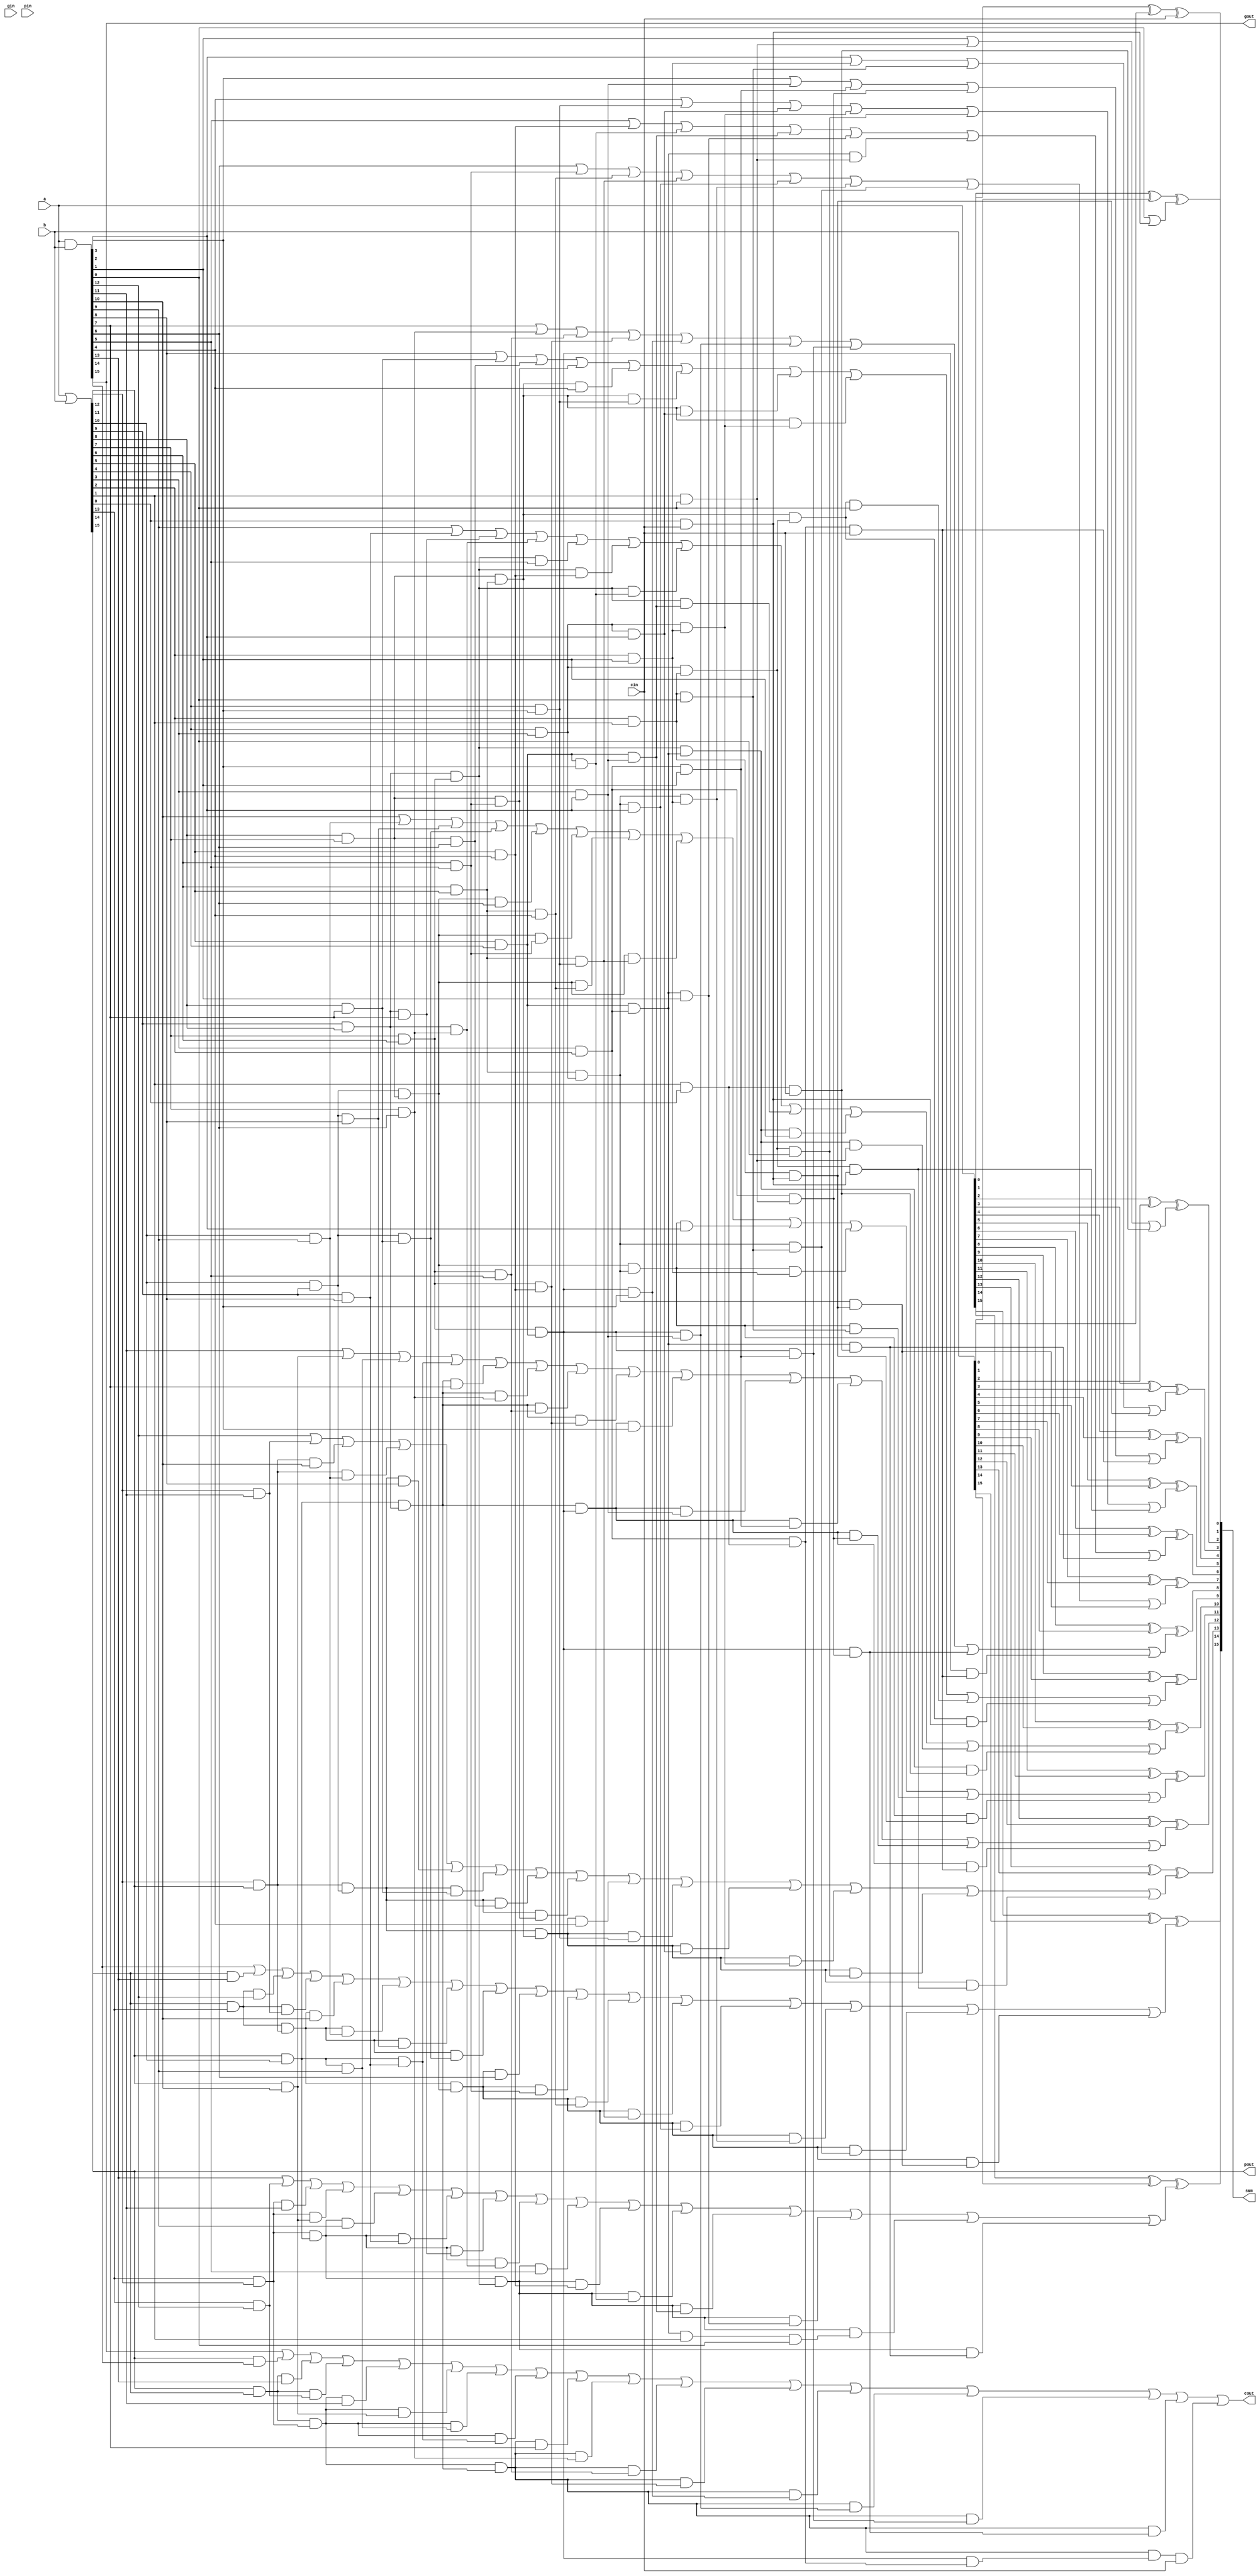
//16
module FastAdder_16 (a, b, cin, sum, cout, gin, pin, gout, pout);
    input [15:0] a, b;
    input cin, gin, pin;
    output [15:0] sum;
    output cout, gout, pout;
    wire [15:0] g, p;
    wire [14:0] ctemp;
    
    assign g = a & b;//
    assign p = a | b;//

    //
    assign ctemp[0] = g[0] | (p[0] & cin);
    assign ctemp[1] = g[1] | (p[1] & g[0])
        |((p[1] & p[0]) & cin);
    assign ctemp[2] = g[2] | (p[2] & g[1])
        | ((p[2] & p[1]) & g[0]) 
        | ((p[2] & p[1]) & (p[0] & cin));
    assign ctemp[3] = g[3] | (p[3] & g[2])
        | ((p[3] & p[2]) & g[1])
        | ((p[3] & p[2]) & (p[1] & g[0]))
        | (((p[3] & p[2]) & (p[1] & p[0])) & cin);
    assign ctemp[4] = g[4] | (p[4] & g[3])
        | ((p[4] & p[3]) & g[2])
        | ((p[4] & p[3]) & (p[2] & g[1]))
        | (((p[4] & p[3]) & (p[2] & p[1])) & g[0])
        | (((p[4] & p[3]) & (p[2] & p[1])) & (p[0] & cin));
    assign ctemp[5] = g[5] | (p[5] & g[4])
        | ((p[5] & p[4]) & g[3])
        | ((p[5] & p[4]) & (p[3] & g[2]))
        | (((p[5] & p[4]) & (p[3] & p[2])) & g[1])
        | (((p[5] & p[4]) & (p[3] & p[2])) & (p[1] & g[0]))
        | (((p[5] & p[4]) & (p[3] & p[2])) & ((p[1] & p[0]) & cin));
    assign ctemp[6] = g[6] | (p[6] & g[5])
        | ((p[6] & p[5]) & g[4])
        | ((p[6] & p[5]) & (p[4] & g[3]))
        | (((p[6] & p[5]) & (p[4] & p[3])) & g[2])
        | (((p[6] & p[5]) & (p[4] & p[3])) & (p[2] & g[1]))
        | (((p[6] & p[5]) & (p[4] & p[3])) & ((p[2] & p[1]) & g[0]))
        | (((p[6] & p[5]) & (p[4] & p[3])) & ((p[2] & p[1]) & (p[0] & cin)));
    assign ctemp[7] = g[7] | (p[7] & g[6])
        | ((p[7] & p[6]) & g[5])
        | ((p[7] & p[6]) & (p[5] & g[4]))
        | (((p[7] & p[6]) & (p[5] & p[4])) & g[3])
        | (((p[7] & p[6]) & (p[5] & p[4])) & (p[3] & g[2]))
        | (((p[7] & p[6]) & (p[5] & p[4])) & ((p[3] & p[2]) & g[1]))
        | (((p[7] & p[6]) & (p[5] & p[4])) & ((p[3] & p[2]) & (p[1] & g[0])))
        | (((p[7] & p[6]) & (p[5] & p[4])) & (((p[3] & p[2]) & (p[1] & p[0])) & cin));
    assign ctemp[8] = g[8] | (p[8] & g[7])
        | ((p[8] & p[7]) & g[6])
        | ((p[8] & p[7]) & (p[6] & g[5]))
        | (((p[8] & p[7]) & (p[6] & p[5])) & g[4])
        | (((p[8] & p[7]) & (p[6] & p[5])) & (p[4] & g[3]))
        | (((p[8] & p[7]) & (p[6] & p[5])) & ((p[4] & p[3]) & g[2]))
        | (((p[8] & p[7]) & (p[6] & p[5])) & ((p[4] & p[3]) & (p[2] & g[1])))
        | ((((p[8] & p[7]) & (p[6] & p[5])) & ((p[4] & p[3]) & (p[2] & p[1]))) & g[0])
        | ((((p[8] & p[7]) & (p[6] & p[5])) & ((p[4] & p[3]) & (p[2] & p[1]))) & (p[0] & cin));
    assign ctemp[9] = g[9] | (p[9] & g[8])
        | ((p[9] & p[8]) & g[7])
        | ((p[9] & p[8]) & (p[7] & g[6]))
        | (((p[9] & p[8]) & (p[7] & p[6])) & g[5])
        | (((p[9] & p[8]) & (p[7] & p[6])) & (p[5] & g[4]))
        | (((p[9] & p[8]) & (p[7] & p[6])) & ((p[5] & p[4]) & g[3]))
        | (((p[9] & p[8]) & (p[7] & p[6])) & ((p[5] & p[4]) &( p[3] & g[2])))
        | ((((p[9] & p[8]) & (p[7] & p[6])) & ((p[5] & p[4]) & (p[3] & p[2]))) & g[1])
        | ((((p[9] & p[8]) & (p[7] & p[6])) & ((p[5] & p[4]) & (p[3] & p[2]))) & (p[1] & g[0]))
        | ((((p[9] & p[8]) & (p[7] & p[6])) & ((p[5] & p[4]) & (p[3] & p[2]))) & ((p[1] & p[0]) & cin));
    assign ctemp[10] = g[10] | (p[10] & g[9])
        | ((p[10] & p[9]) & g[8])
        | ((p[10] & p[9]) & (p[8] & g[7]))
        | (((p[10] & p[9]) & (p[8] & p[7])) & g[6])
        | (((p[10] & p[9]) & (p[8] & p[7])) & (p[6] & g[5]))
        | (((p[10] & p[9]) & (p[8] & p[7])) & ((p[6] & p[5]) & g[4]))
        | (((p[10] & p[9]) & (p[8] & p[7])) & ((p[6] & p[5]) & (p[4] & g[3])))
        | ((((p[10] & p[9]) & (p[8] & p[7])) & ((p[6] & p[5]) & (p[4] & p[3]))) & g[2])
        | ((((p[10] & p[9]) & (p[8] & p[7])) & ((p[6] & p[5]) & (p[4] & p[3]))) & (p[2] & g[1]))
        | ((((p[10] & p[9]) & (p[8] & p[7])) & ((p[6] & p[5]) & (p[4] & p[3]))) & ((p[2] & p[1]) & g[0]))
        | ((((p[10] & p[9]) & (p[8] & p[7])) & ((p[6] & p[5]) & (p[4] & p[3]))) & (((p[2] & p[1]) & (p[0] & cin))));
    assign ctemp[11] = g[11] | (p[11] & g[10])
        | (p[11] & p[10] & g[9])
        | (p[11] & p[10] & (p[9] & g[8]))
        | (((p[11] & p[10]) &( p[9] & p[8])) & g[7])
        | (((p[11] & p[10]) &( p[9] & p[8])) & (p[7] & g[6]))
        | (((p[11] & p[10]) &( p[9] & p[8])) & ((p[7] & p[6]) & g[5]))
        | (((p[11] & p[10]) &( p[9] & p[8])) & ((p[7] & p[6]) & (p[5] & g[4])))
        | ((((p[11] & p[10]) &( p[9] & p[8])) & ((p[7] & p[6]) & (p[5] & p[4]))) & g[3])
        | ((((p[11] & p[10]) &( p[9] & p[8])) & ((p[7] & p[6]) & (p[5] & p[4]))) & (p[3] & g[2]))
        | ((((p[11] & p[10]) &( p[9] & p[8])) & ((p[7] & p[6]) & (p[5] & p[4]))) & ((p[3] & p[2]) & g[1]))
        | ((((p[11] & p[10]) &( p[9] & p[8])) & ((p[7] & p[6]) & (p[5] & p[4]))) & ((p[3] & p[2]) & (p[1] & g[0])))
        | ((((p[11] & p[10]) &( p[9] & p[8])) & ((p[7] & p[6]) & (p[5] & p[4]))) & (((p[3] & p[2]) & (p[1] & p[0])) & cin));
    assign ctemp[12] = g[12] | (p[12] & g[11])
        | ((p[12] & p[11]) & g[10])
        | ((p[12] & p[11]) & (p[10] & g[9]))
        | (((p[12] & p[11]) & (p[10] & p[9])) & g[8])
        | (((p[12] & p[11]) & (p[10] & p[9])) & (p[8] & g[7]))
        | (((p[12] & p[11]) & (p[10] & p[9])) & ((p[8] & p[7]) & g[6]))
        | (((p[12] & p[11]) & (p[10] & p[9])) & ((p[8] & p[7]) & (p[6] & g[5])))
        | ((((p[12] & p[11]) & (p[10] & p[9])) & ((p[8] & p[7]) & (p[6] & p[5]))) & g[4])
        | ((((p[12] & p[11]) & (p[10] & p[9])) & ((p[8] & p[7]) & (p[6] & p[5]))) & (p[4] & g[3]))
        | ((((p[12] & p[11]) & (p[10] & p[9])) & ((p[8] & p[7]) & (p[6] & p[5]))) & ((p[4] & p[3]) & g[2]))
        | ((((p[12] & p[11]) & (p[10] & p[9])) & ((p[8] & p[7]) & (p[6] & p[5]))) & ((p[4] & p[3]) & (p[2] & g[1])))
        | ((((p[12] & p[11]) & (p[10] & p[9])) & ((p[8] & p[7]) & (p[6] & p[5]))) & (((p[4] & p[3]) & (p[2] & p[1])) & g[0]))
        | ((((p[12] & p[11]) & (p[10] & p[9])) & ((p[8] & p[7]) & (p[6] & p[5]))) & (((p[4] & p[3]) & (p[2] & p[1])) & (p[0] & cin)));
    assign ctemp[13] = g[13] | (p[13] & g[12])
        | ((p[13] & p[12]) & g[11])
        | ((p[13] & p[12]) & (p[11] & g[10]))
        | (((p[13] & p[12]) & (p[11] & p[10])) & g[9])
        | (((p[13] & p[12]) & (p[11] & p[10])) & (p[9] & g[8]))
        | (((p[13] & p[12]) & (p[11] & p[10])) & ((p[9] & p[8]) & g[7]))
        | (((p[13] & p[12]) & (p[11] & p[10])) & ((p[9] & p[8]) & (p[7] & g[6])))
        | ((((p[13] & p[12]) & (p[11] & p[10])) & ((p[9] & p[8]) & (p[7] & p[6]))) & g[5])
        | ((((p[13] & p[12]) & (p[11] & p[10])) & ((p[9] & p[8]) & (p[7] & p[6]))) & (p[5] & g[4]))
        | ((((p[13] & p[12]) & (p[11] & p[10])) & ((p[9] & p[8]) & (p[7] & p[6]))) & ((p[5] & p[4]) & g[3]))
        | ((((p[13] & p[12]) & (p[11] & p[10])) & ((p[9] & p[8]) & (p[7] & p[6]))) & ((p[5] & p[4]) & (p[3] & g[2])))
        | ((((p[13] & p[12]) & (p[11] & p[10])) & ((p[9] & p[8]) & (p[7] & p[6]))) & (((p[5] & p[4]) & (p[3] & p[2])) & g[1]))
        | ((((p[13] & p[12]) & (p[11] & p[10])) & ((p[9] & p[8]) & (p[7] & p[6]))) & (((p[5] & p[4]) & (p[3] & p[2])) & p[1] & g[0]))
        | ((((p[13] & p[12]) & (p[11] & p[10])) & ((p[9] & p[8]) & (p[7] & p[6]))) & (((p[5] & p[4]) & (p[3] & p[2])) & ((p[1] & p[0]) & cin)));
    assign ctemp[14] = g[14] | (p[14] & g[13])
        | ((p[14] & p[13]) & g[12])
        | ((p[14] & p[13]) & (p[12] & g[11]))
        | (((p[14] & p[13]) & (p[12] & p[11])) & g[10])
        | (((p[14] & p[13]) & (p[12] & p[11])) & (p[10] & g[9]))
        | (((p[14] & p[13]) & (p[12] & p[11])) & ((p[10] & p[9]) & g[8]))
        | (((p[14] & p[13]) & (p[12] & p[11])) & ((p[10] & p[9]) & (p[8] & g[7])))
        | ((((p[14] & p[13]) & (p[12] & p[11])) & ((p[10] & p[9]) & (p[8] & p[7]))) & g[6])
        | ((((p[14] & p[13]) & (p[12] & p[11])) & ((p[10] & p[9]) & (p[8] & p[7]))) & (p[6] & g[5]))
        | ((((p[14] & p[13]) & (p[12] & p[11])) & ((p[10] & p[9]) & (p[8] & p[7]))) & ((p[6] & p[5]) & g[4]))
        | ((((p[14] & p[13]) & (p[12] & p[11])) & ((p[10] & p[9]) & (p[8] & p[7]))) & ((p[6] & p[5]) & (p[4] & g[3])))
        | ((((p[14] & p[13]) & (p[12] & p[11])) & ((p[10] & p[9]) & (p[8] & p[7]))) & (((p[6] & p[5]) & (p[4] & p[3])) & g[2]))
        | ((((p[14] & p[13]) & (p[12] & p[11])) & ((p[10] & p[9]) & (p[8] & p[7]))) & (((p[6] & p[5]) & (p[4] & p[3])) & (p[2] & g[1])))
        | ((((p[14] & p[13]) & (p[12] & p[11])) & ((p[10] & p[9]) & (p[8] & p[7]))) & (((p[6] & p[5]) & (p[4] & p[3])) & ((p[2] & p[1]) & g[0])))
        | ((((p[14] & p[13]) & (p[12] & p[11])) & ((p[10] & p[9]) & (p[8] & p[7]))) & (((p[6] & p[5]) & (p[4] & p[3])) & (((p[2] & p[1]) & (p[0] & cin)))));
    assign cout = g[15] | (p[15] & g[14])
        | ((p[15] & p[14]) & g[13])
        | ((p[15] & p[14]) & (p[13] & g[12]))
        | (((p[15] & p[14]) & (p[13] & p[12])) & g[11])
        | (((p[15] & p[14]) & (p[13] & p[12])) & (p[11] & g[10]))
        | (((p[15] & p[14]) & (p[13] & p[12])) & ((p[11] & p[10]) & g[9]))
        | (((p[15] & p[14]) & (p[13] & p[12])) & ((p[11] & p[10]) & (p[9] & g[8])))
        | ((((p[15] & p[14]) & (p[13] & p[12])) & ((p[11] & p[10]) & (p[9] & p[8]))) & g[7])
        | ((((p[15] & p[14]) & (p[13] & p[12])) & ((p[11] & p[10]) & (p[9] & p[8]))) & (p[7] & g[6]))
        | ((((p[15] & p[14]) & (p[13] & p[12])) & ((p[11] & p[10]) & (p[9] & p[8]))) & ((p[7] & p[6]) & g[5]))
        | ((((p[15] & p[14]) & (p[13] & p[12])) & ((p[11] & p[10]) & (p[9] & p[8]))) & ((p[7] & p[6]) & (p[5] & g[4])))
        | ((((p[15] & p[14]) & (p[13] & p[12])) & ((p[11] & p[10]) & (p[9] & p[8]))) & (((p[7] & p[6]) & (p[5] & p[4])) & g[3]))
        | ((((p[15] & p[14]) & (p[13] & p[12])) & ((p[11] & p[10]) & (p[9] & p[8]))) & (((p[7] & p[6]) & (p[5] & p[4])) & (p[3] & g[2])))
        | ((((p[15] & p[14]) & (p[13] & p[12])) & ((p[11] & p[10]) & (p[9] & p[8]))) & (((p[7] & p[6]) & (p[5] & p[4])) & ((p[3] & p[2]) & g[1])))
        | ((((p[15] & p[14]) & (p[13] & p[12])) & ((p[11] & p[10]) & (p[9] & p[8]))) & (((p[7] & p[6]) & (p[5] & p[4])) & ((p[3] & p[2]) & (p[1] & g[0]))))
        | (((((p[15] & p[14]) & (p[13] & p[12])) & ((p[11] & p[10]) & (p[9] & p[8]))) & (((p[7] & p[6]) & (p[5] & p[4])) & ((p[3] & p[2]) & (p[1] & p[0])))) & cin);

    //
    assign sum[0] = a[0] ^ b[0] ^ cin;
    assign sum[1] = a[1] ^ b[1] ^ ctemp[0];
    assign sum[2] = a[2] ^ b[2] ^ ctemp[1];
    assign sum[3] = a[3] ^ b[3] ^ ctemp[2];
    assign sum[4] = a[4] ^ b[4] ^ ctemp[3];
    assign sum[5] = a[5] ^ b[5] ^ ctemp[4];
    assign sum[6] = a[6] ^ b[6] ^ ctemp[5];
    assign sum[7] = a[7] ^ b[7] ^ ctemp[6];
    assign sum[8] = a[8] ^ b[8] ^ ctemp[7];
    assign sum[9] = a[9] ^ b[9] ^ ctemp[8];
    assign sum[10] = a[10] ^ b[10] ^ ctemp[9];
    assign sum[11] = a[11] ^ b[11] ^ ctemp[10];
    assign sum[12] = a[12] ^ b[12] ^ ctemp[11];
    assign sum[13] = a[13] ^ b[13] ^ ctemp[12];
    assign sum[14] = a[14] ^ b[14] ^ ctemp[13];
    assign sum[15] = a[15] ^ b[15] ^ ctemp[14];

    //
    assign gout = g[15];
    assign pout = p[15];
endmodule